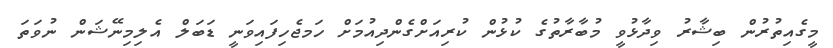
މީގެއިތުރުން ބިޝާރު ވިދާޅުވީ މުބާރާތުގެ ކުޅުން ކުރިއަށްގެންދިއުމަށް ހަމޖެހިފައިވަނީ ޑަބަލް އެލިމިނޭޝަން ނުވަތަ